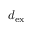
d _ { \mathrm { e x } }